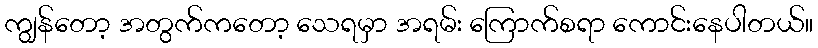
ကျွန်တော့ အတွက်ကတော့ သေရမှာ အရမ်း ကြောက်စရာ ကောင်းနေပါတယ်။